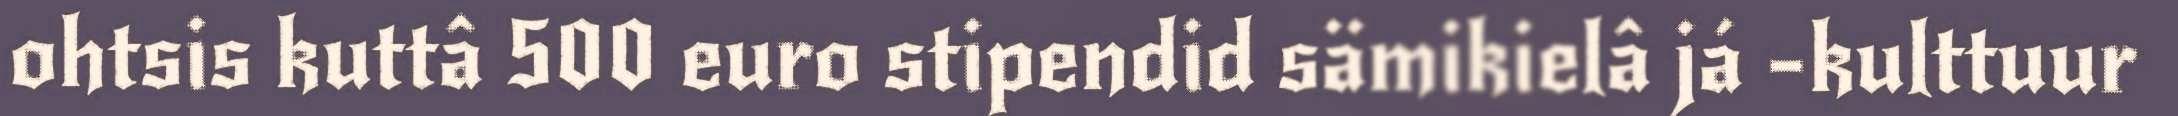
ohtsis kuttâ 500 euro stipendid sämikielâ já -kulttuur